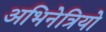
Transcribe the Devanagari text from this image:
अभिनेत्रियो